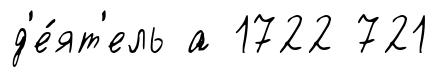
д'е́ят'ель а 1722 721